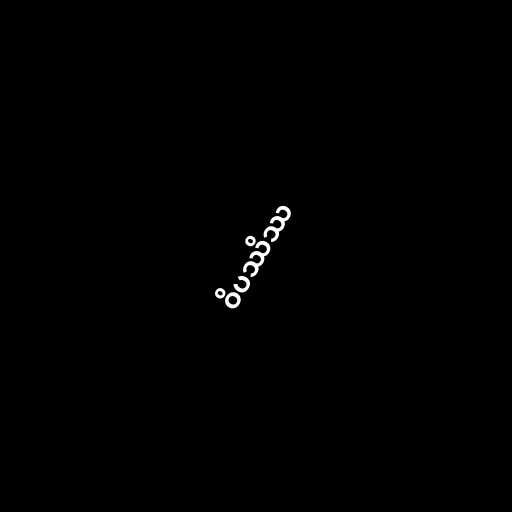
ဝိပဿိဿ